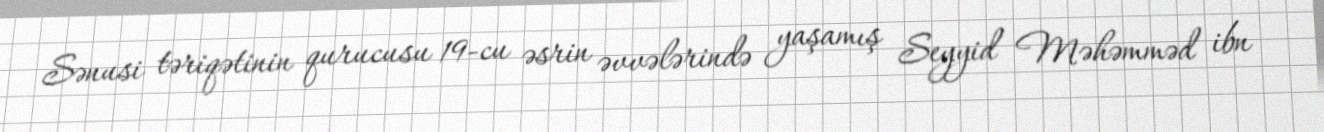
Sənusi təriqətinin qurucusu 19-cu əsrin əvvələrində yaşamış Seyyid Məhəmməd ibn